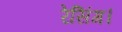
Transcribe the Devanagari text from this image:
रेसिंग।